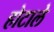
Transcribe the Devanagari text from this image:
होटाले